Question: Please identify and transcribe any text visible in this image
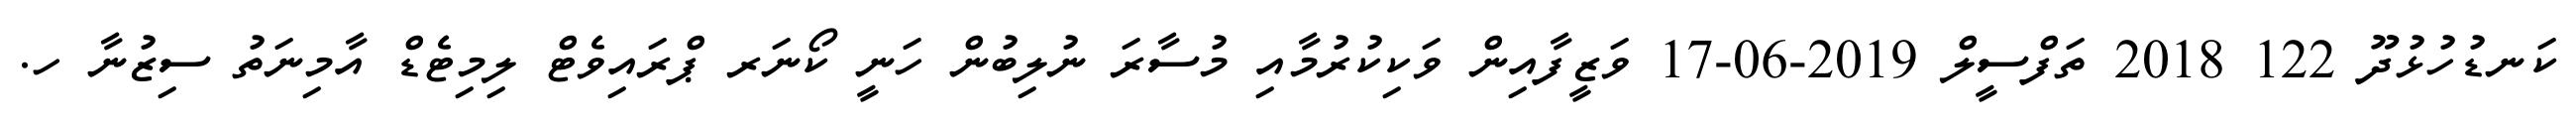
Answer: ކަނޑުހުޅުދޫ 122 2018 ތަފްސީލް 2019-06-17 ވަޒީފާއިން ވަކިކުރުމާއި މުސާރަ ނުލިބުން ހަނީ ކޯނަރ ޕްރައިވެޓް ލިމިޓެޑް އާމިނަތު ސިޒުނާ ހ.